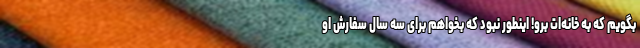
بگویم که به خانه‌ات برو! اینطور نبود که بخواهم برای سه سال سفارش او